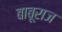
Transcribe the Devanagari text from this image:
बाबूराज